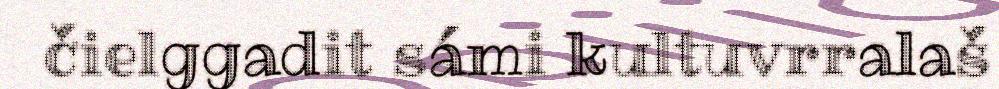
čielggadit sámi kultuvrralaš